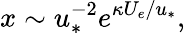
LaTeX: x\sim u_{*}^{-2}e^{\kappa U_{e}/u_{*}},